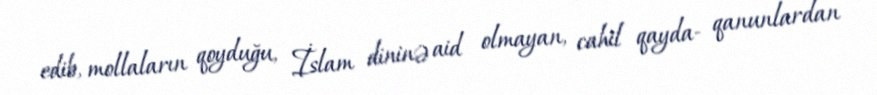
edib, mollaların qoyduğu, İslam dininə aid olmayan, cahil qayda- qanunlardan